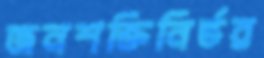
জনশক্তিনির্ভর